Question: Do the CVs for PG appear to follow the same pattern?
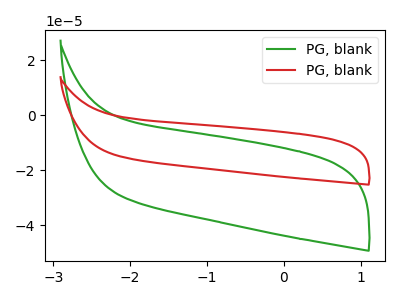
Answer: <think>The green curve "PG, blank1" has no peaks. The red curve "PG, blank2" has no peaks.
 Neither "PG, blank1" or "PG, blank2" have any peaks.</think>
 <answer>All the CV's of "PG" have similar shape.</answer>
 <eval>follow_rule</eval>